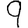
Digit: 9